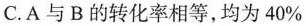
C.A与B的转化率相等，均为40%